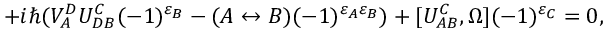
+ i \hbar ( V _ { A } ^ { D } U _ { D B } ^ { C } ( - 1 ) ^ { \varepsilon _ { B } } - ( A \leftrightarrow B ) ( - 1 ) ^ { \varepsilon _ { A } \varepsilon _ { B } } ) + [ U _ { A B } ^ { C } , \Omega ] ( - 1 ) ^ { \varepsilon _ { C } } = 0 ,